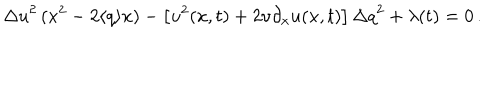
LaTeX: { \Delta u } ^ { 2 } \, ( x ^ { 2 } - 2 \langle q \rangle x ) - \left[ u ^ { 2 } ( x , t ) + 2 \nu \partial _ { x } u ( x , t ) \right] { \Delta q } ^ { 2 } + \lambda ( t ) = 0 \, .